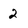
Character: 2